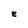
Character: E